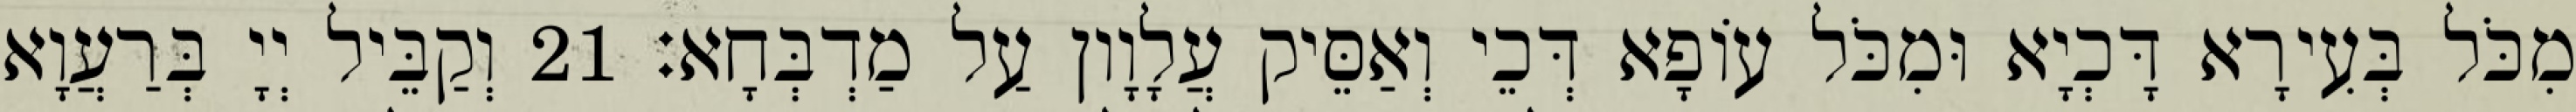
מִכֹּל בְּעִירָא דָּכְיָא וּמִכֹּל עוֹפָא דְּכֵי וְאַסֵּיק עֲלָוָון עַל מַדְבְּחָא׃ 21 וְקַבֵּיל יְיָ בְּרַעֲוָא